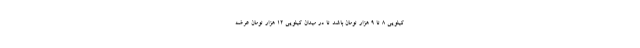
کیلویی 8 تا 9 هزار تومان باشد تا در میدان کیلویی 12 هزار تومان عرضه